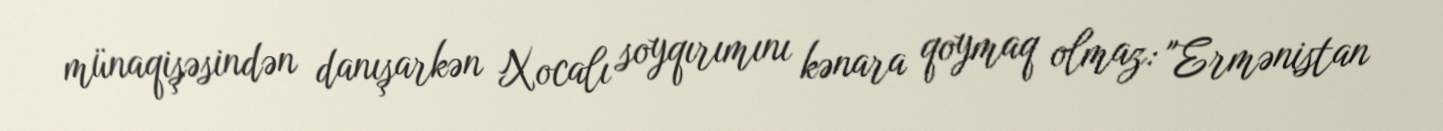
münaqişəsindən danışarkən Xocalı soyqırımını kənara qoymaq olmaz: "Ermənistan